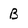
Character: B